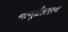
નાબૂદીકરણના